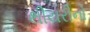
થીયરીનો